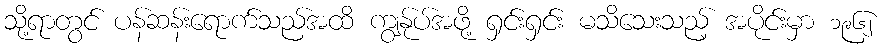
သို့ရာတွင် ပန်ဆန်းရောက်သည်အထိ ကျွန်ုပ်အဖို့ ရှင်းရှင်း မသိသေးသည့် အပိုင်းမှာ ၁၉၆၂